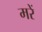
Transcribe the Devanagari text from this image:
मरें